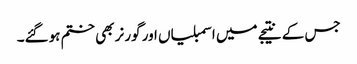
جس کے نتیجے میں اسمبلیاں اور گورنر بھی ختم ہوگئے۔